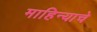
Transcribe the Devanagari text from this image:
माहिन्याचे